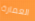
العمارة